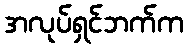
အလုပ်ရှင်ဘက်က